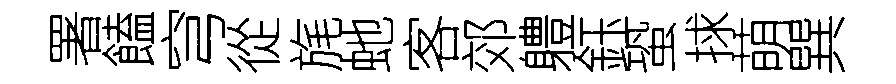
署饁穹從旄虵客郊軆鈺蛩捄萌巽